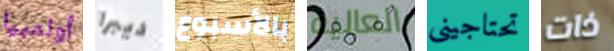
أولمبيا ديبرا بالأسبوع العالية تحتاجيني ذات